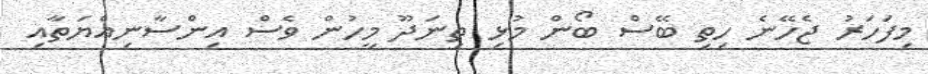
މިފަހަރު ޖެހޭނެ ހިތި ބޭސް ބޯން މުޅި ތިނަދޫ މީހުން ވެސް އިންސާނިއްޔަތާއި